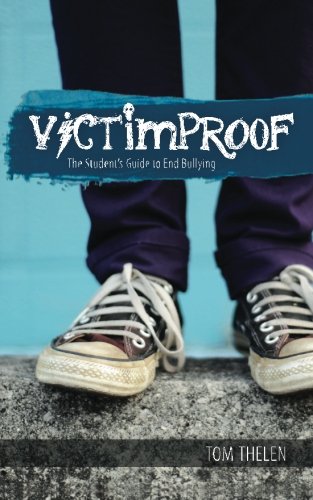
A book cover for VICTIMPROOF - The Student's Guide to End Bullying: America's #1 Anti-Bullying Program; Tom Thelen; Teen & Young Adult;